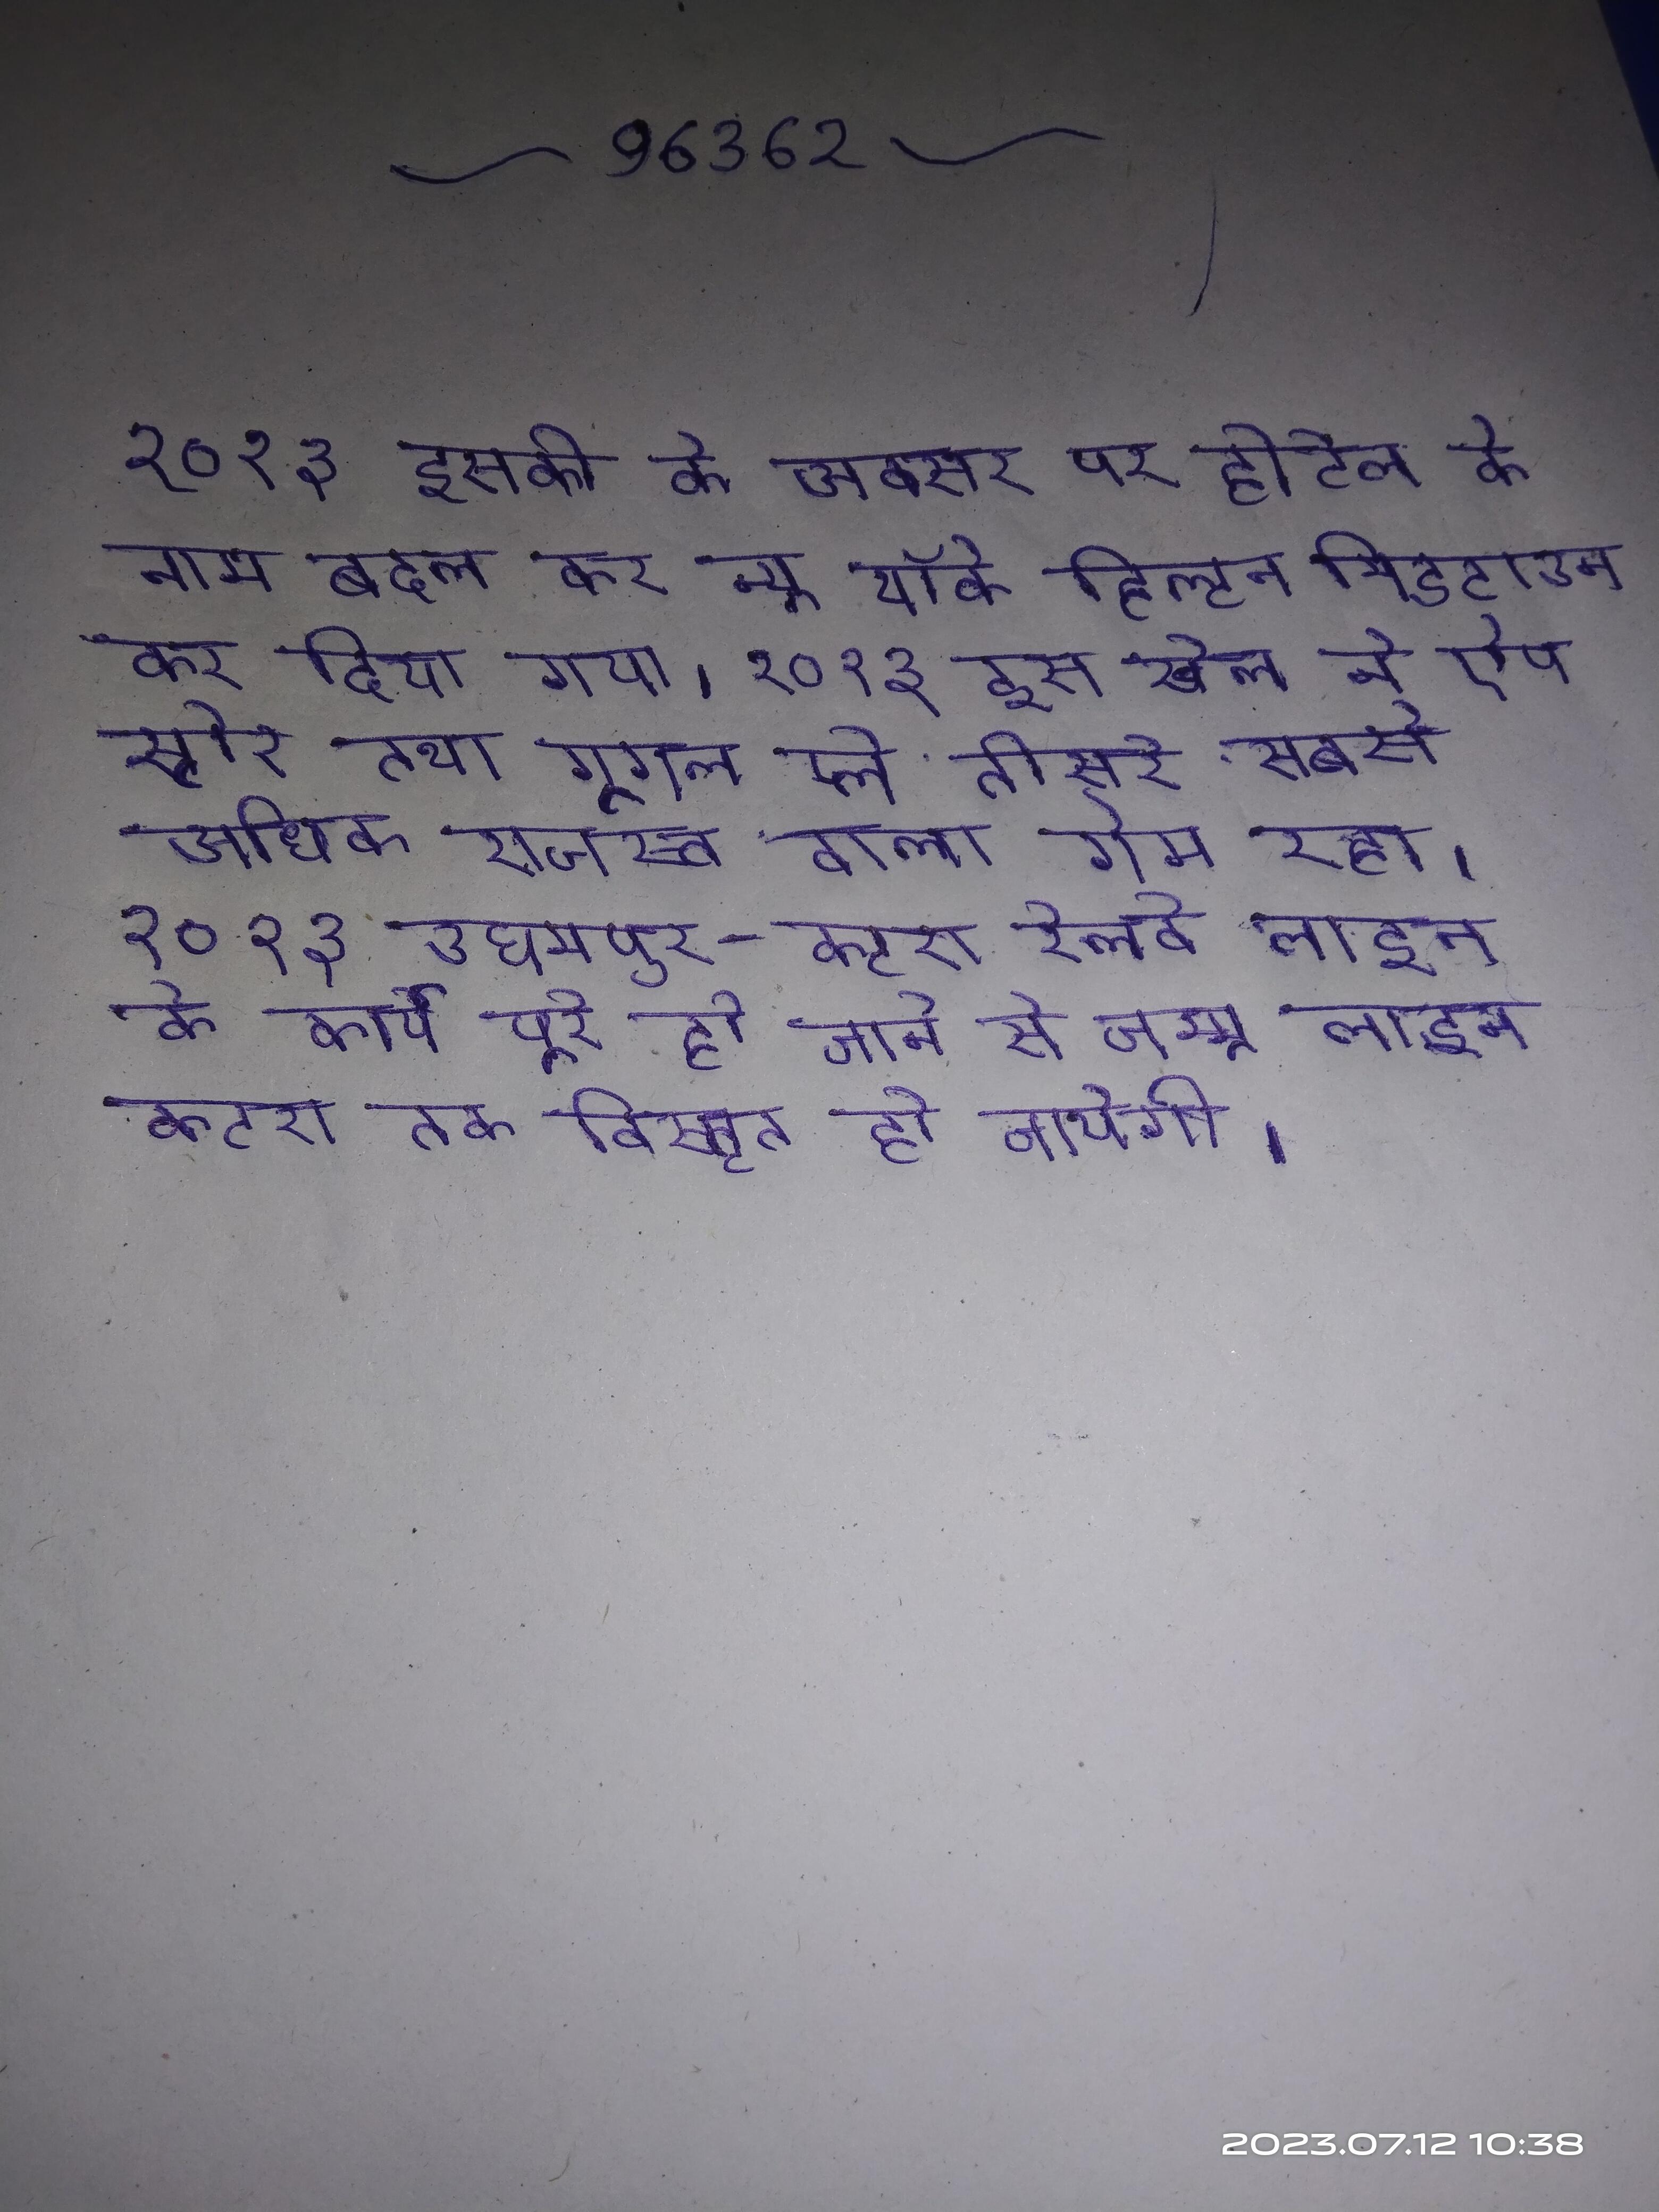
२०१३ इसकी के अवसर पर होटेल का नाम बदल कर न्यू यॉर्क हिल्टन मिडटाउन कर दिया गया । २०१३ इस खेल ने ऐप स्टोर तथा गूगल प्ले तीसरे सबसे अधिक राजस्व वाला गेम रहा । २०१३ उधमपुर-कटरा रेलवे लाइन के कार्य पूरे हो जाने से जम्मू लाइन कटरा तक विस्तृत हो जायेगी ।